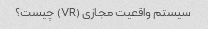
سیستم واقعیت مجازی (VR) چیست؟